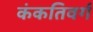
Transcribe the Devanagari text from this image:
कंकतिवर्ग